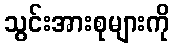
သွင်းအားစုများကို